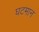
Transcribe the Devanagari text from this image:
घटमान